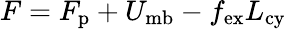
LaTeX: F=F_{\mathrm{p}}+U_{\mathrm{mb}}-f_{\mathrm{ex}}L_{\mathrm{cy}}